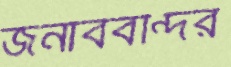
জনাববন্দির